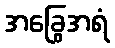
အခြွေအရံ